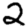
Digit: 2